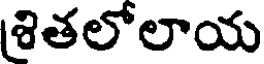
శితలోలాయ